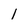
Character: 1